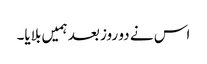
اس نے دو روز بعد ہمیں بلایا۔